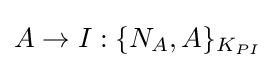
A\rightarrow I:\{N_{A},A\}_{K_{PI}}